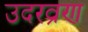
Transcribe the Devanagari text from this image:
उदरव्रण